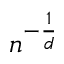
n ^ { - \frac { 1 } { d } }